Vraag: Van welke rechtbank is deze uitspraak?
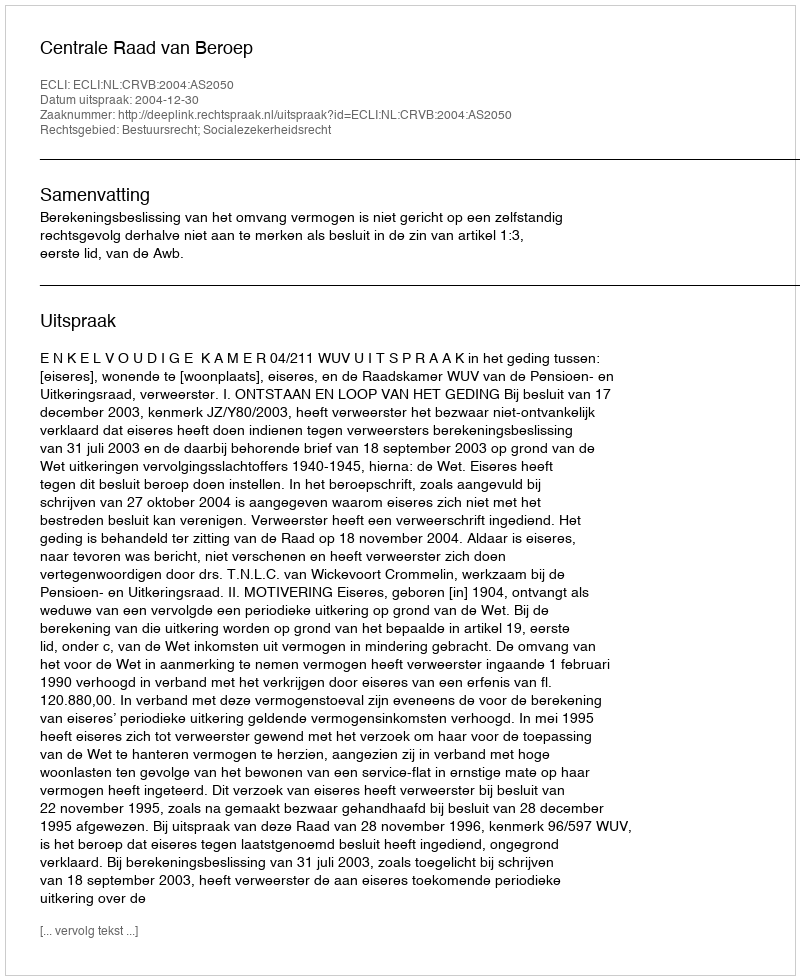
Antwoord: Centrale Raad van Beroep